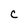
Character: c